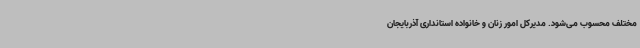
مختلف محسوب می‌شود. مدیرکل امور زنان و خانواده استانداری آذربایجان